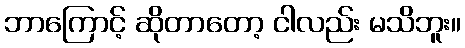
ဘာကြောင့် ဆိုတာတော့ ငါလည်း မသိဘူး။